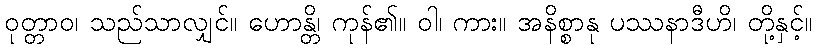
ဝုတ္တာဝ၊ သည်သာလျှင်။ ဟောန္တိ၊ ကုန်၏။ ဝါ၊ ကား။ အနိစ္စာနု ပဿနာဒီဟိ၊ တို့နှင့်။